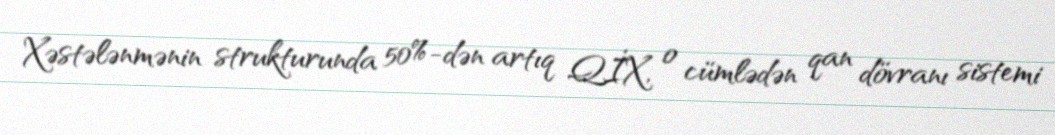
Xəstələnmənin strukturunda 50%-dən artıq QİX, o cümlədən qan dövranı sistemi